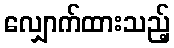
လျှောက်ထားသည့်